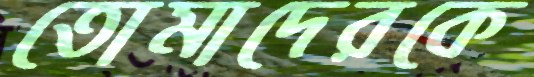
তোমাদেরকে